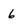
Character: 6